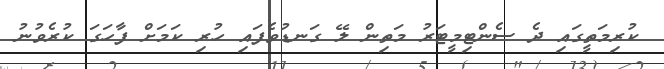
ކުރިމަތީގައި ދެ ސެންޓިމީޓަރު މަތިން ލޭ ގަނޑުވެފައި ހުރި ކަމަށް ފާހަގަ ކުރެވުނު